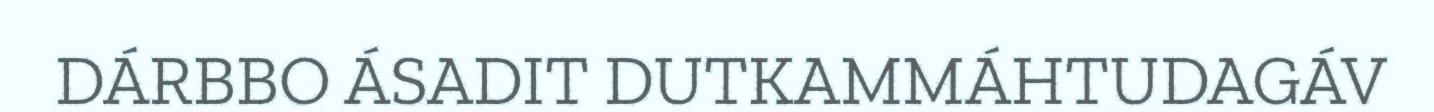
DÁRBBO ÁSADIT DUTKAMMÁHTUDAGÁV